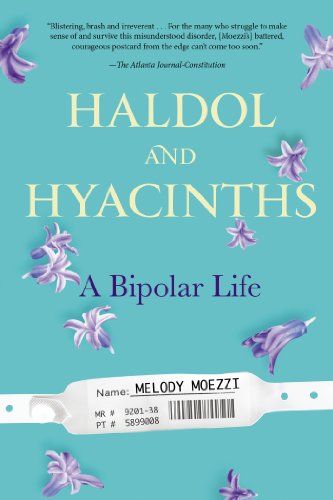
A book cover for Haldol and Hyacinths: A Bipolar Life; Melody Moezzi; Health, Fitness & Dieting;